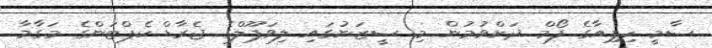
ސާމީ ހިޕިއާގެ ފޯމް ދަށްވުމުން މި ސީޒަނުގައި ލިވަޕޫލްގެ ޖެރާޑް ކެޕްޓަންގެ މަގާމާ